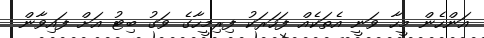
އަންހެން މީހާ ވަނީ އެތަކެއް ފަހަރަކު ފިރިމީހާގެ ވަގު ބިޓު އަށް ފައިވާން